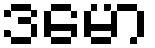
ဒမော